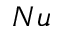
N u